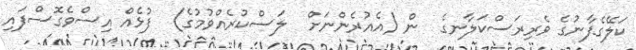
ކަލޭގެފާނުގެ ވެރިރަސްކަލާނގެ  ން (އެއުރެންނަށް  ލަސްކުރެއްވުމުގެ)  ފުޅެއް އިސްވެގޮސްފައި